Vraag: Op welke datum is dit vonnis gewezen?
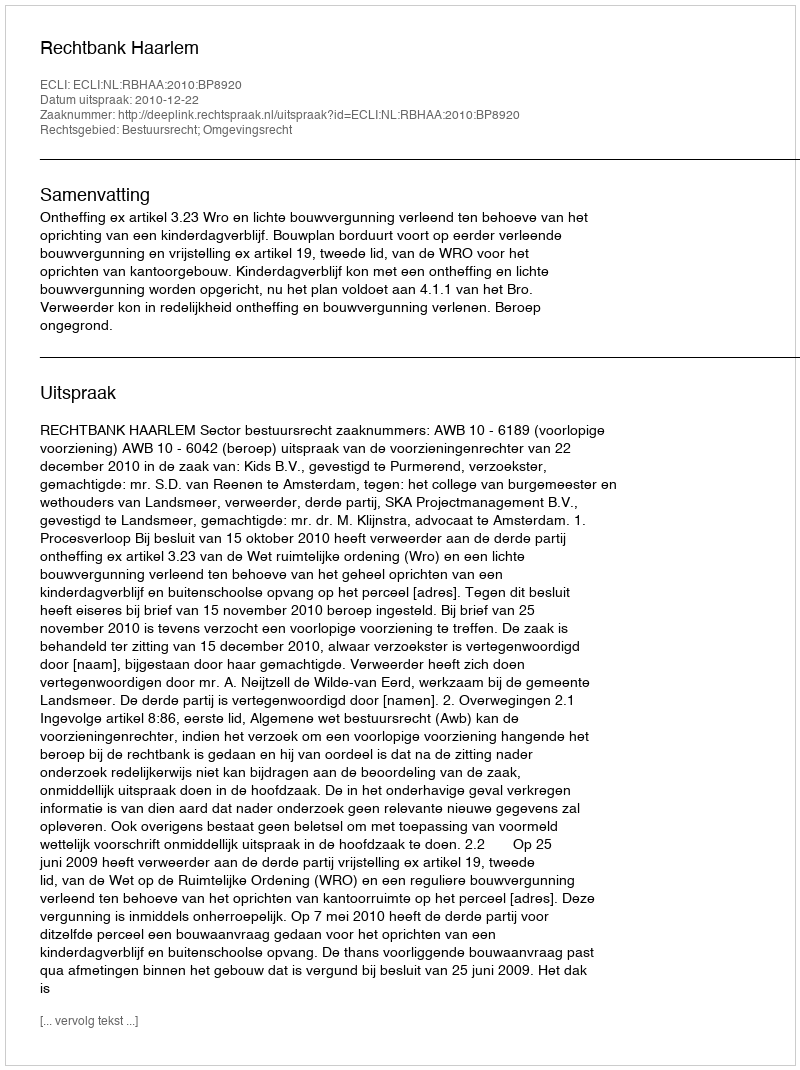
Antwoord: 2010-12-22